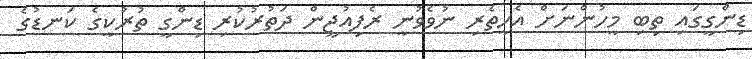
ޑިންގީގައި ތިބި މީހުންނަށް އެހީތެރި ނުވެވުނީ ރެފިއުޖީން ދަތުރުކުރި ޑިންގީ ތުރުކީގެ ކަނޑުގެ